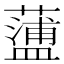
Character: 𧁔